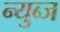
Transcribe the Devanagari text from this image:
न्युब्ज